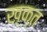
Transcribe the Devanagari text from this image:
ख़्क्त